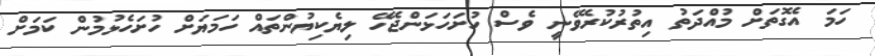
ހަމަ އެގޮތަށް މުއްދަތު އިތުރުކުރެވޭނީ ވެސް ހުށަހަޅަންޖެހޭ ލިޔެކިޔުންތައް ހަމަޔަށް ހުށަހެޅުމުން ކަމަށް